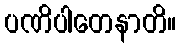
ပဏိပါတေနာတိ။